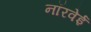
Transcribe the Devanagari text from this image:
नॉरवेई